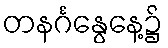
တနင်္ဂနွေနေ့၌